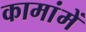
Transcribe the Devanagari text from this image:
कामांमें